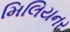
મિલિયનર